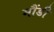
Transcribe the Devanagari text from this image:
मौंडी